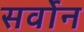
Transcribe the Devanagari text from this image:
सर्वोन